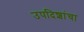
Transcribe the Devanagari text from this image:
उपदिशांचा